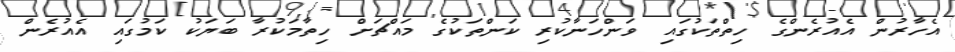
އެހާރުން އެއުރެންގެ ހިތްތަކުގައި ވަންހަނާކުރި ކަންތަކުގެ މައްޗަށް ހިތާމަކުރާ ބަޔަކު ކަމުގައި އެއުރެން